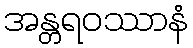
အန္တရဝဿာနံ